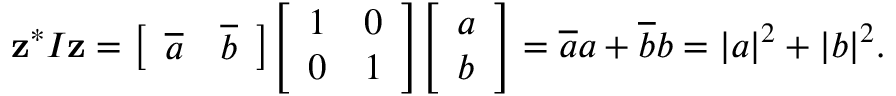
\mathbf { z } ^ { * } I \mathbf { z } = { \left[ \begin{array} { l l } { { \overline { { a } } } } & { { \overline { { b } } } } \end{array} \right] } { \left[ \begin{array} { l l } { 1 } & { 0 } \\ { 0 } & { 1 } \end{array} \right] } { \left[ \begin{array} { l } { a } \\ { b } \end{array} \right] } = { \overline { { a } } } a + { \overline { { b } } } b = | a | ^ { 2 } + | b | ^ { 2 } .